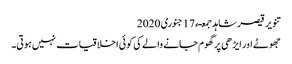
تنویر قیصر شاہد جمعـء 17 جنوری 2020
جھوٹے اور ایڑھی پر گھوم جانے والے کی کوئی اخلاقیات نہیں ہوتی۔